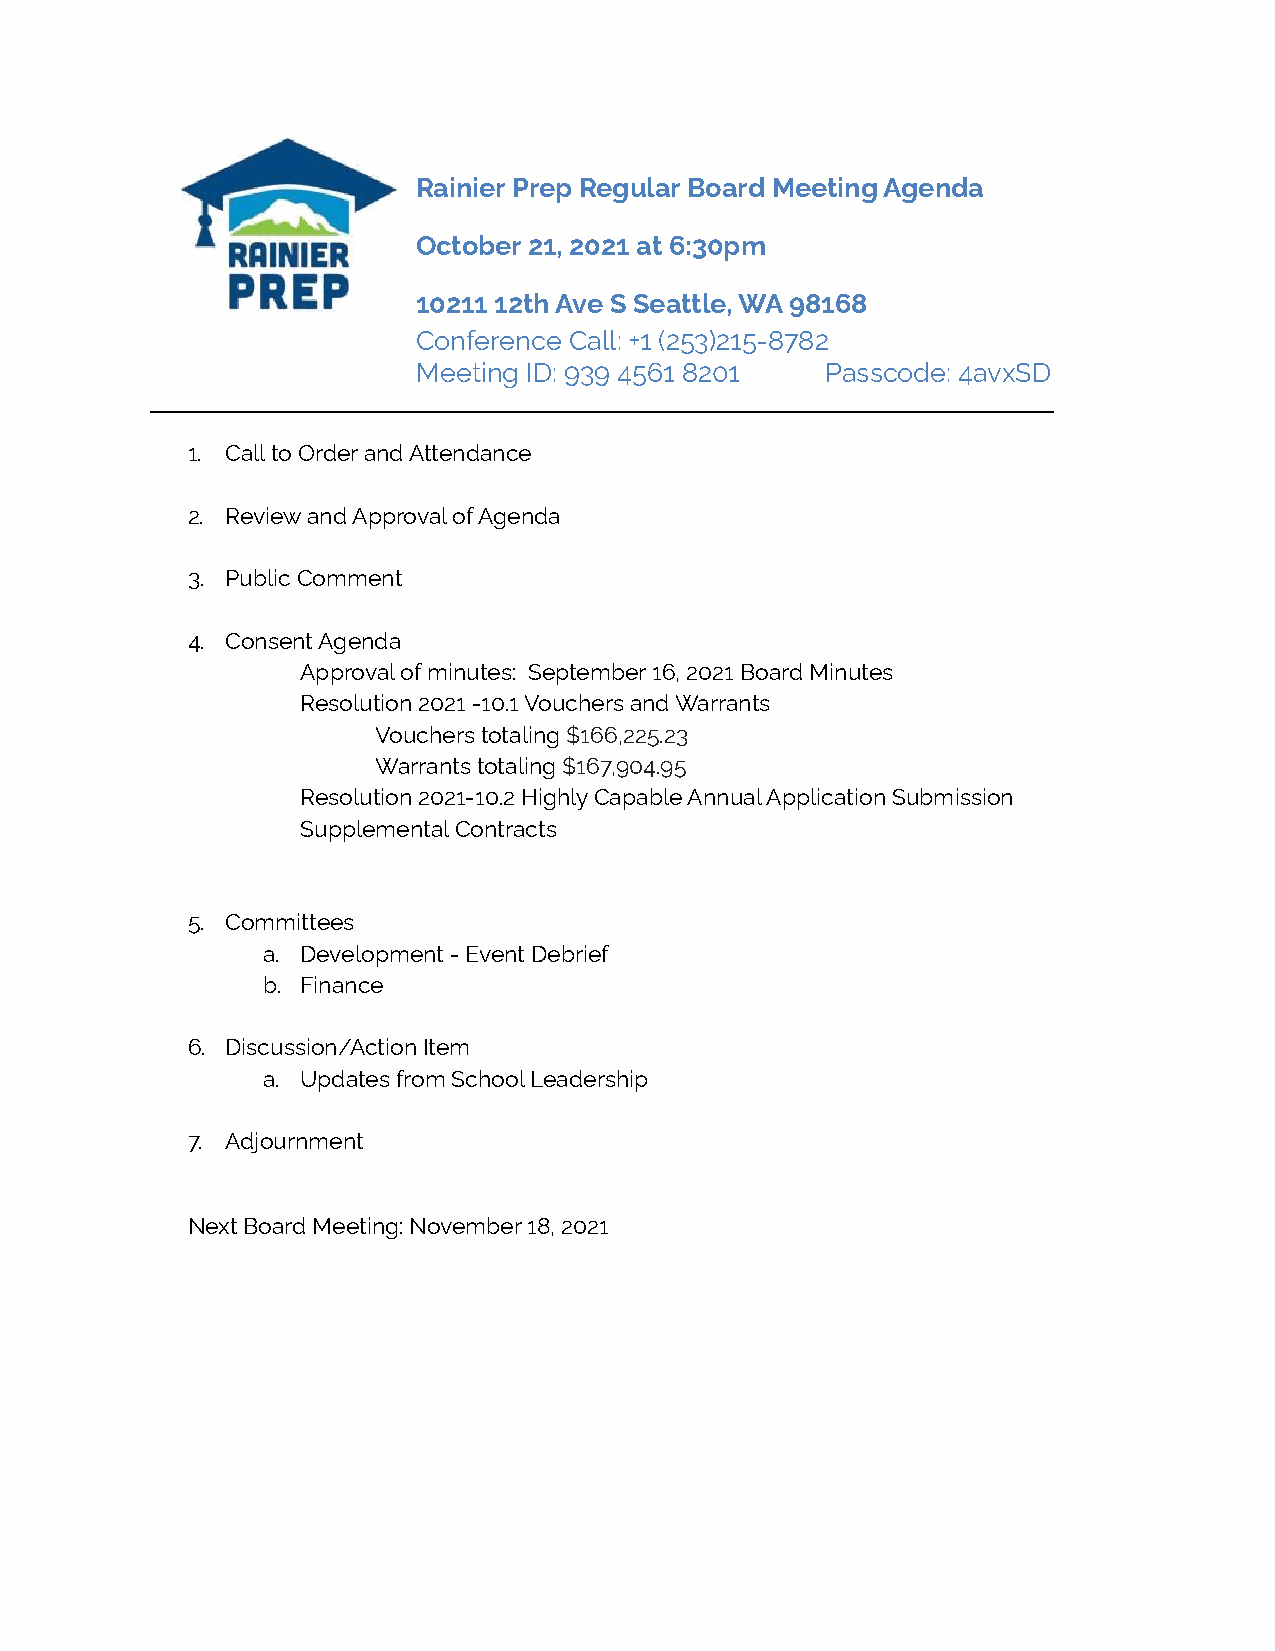
Rainier Prep Regular Board Meeting Agenda
 October 21, 2021 at 6:30pm
 10211 12th Ave S Seattle, WA 98168
 Conference Call: +1 (253)215-8782
 Meeting ID: 939 4561 8201  Passcode: 4avxSD
 ______________________________________________________________________________
 1. Call to Order and Attendance
 2. Review and Approval of Agenda
 3. Public Comment
 4. Consent Agenda
 Approval of minutes: September 16, 2021 Board Minutes
 Resolution 2021 -10.1 Vouchers and Warrants
 Vouchers totaling$166,225.23
 Warrants totaling$167,904.95
 Resolution 2021-10.2 Highly Capable Annual Application Submission
 Supplemental Contracts
 5. Committees
 a. Development - Event Debrief
 b. Finance
 6. Discussion/Action Item
 a. Updates from School Leadership
 7. Adjournment
 Next Board Meeting: November 18, 2021